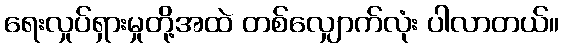
ရေးလှုပ်ရှားမှုတို့အထဲ တစ်လျှောက်လုံး ပါလာတယ်။